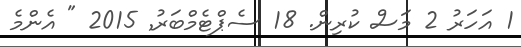
1 އަހަރު 2 މަސް ކުރިން. 18 ސެޕްޓެމްބަރު